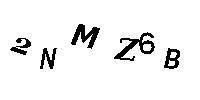
2NMZ6B